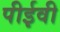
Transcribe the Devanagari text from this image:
पीईवी